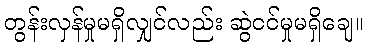
တွန်းလှန်မှုမရှိလျှင်လည်း ဆွဲငင်မှုမရှိချေ။